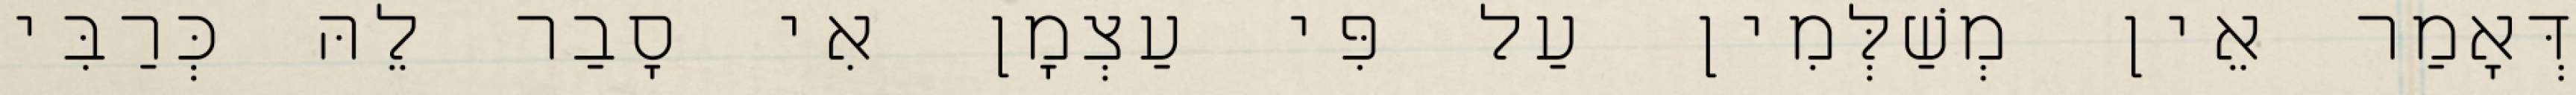
דְּאָמַר אֵין מְשַׁלְּמִין עַל פִּי עַצְמָן אִי סָבַר לֵהּ כְּרַבִּי